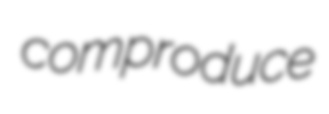
comproduce